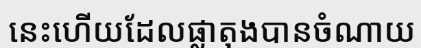
នេះហើយដែលផ្លាតុងបានចំណាយ